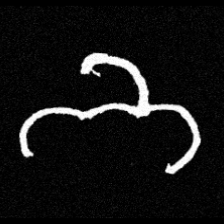
Pyu character \u2014 Myanmar letter: ဘ (romanized: bha)